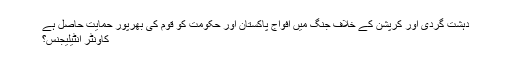
دہشت گردی اور کرپشن کے خلاف جنگ میں افواج پاکستان اور حکومت کو قوم کی بھرپور حمایت حاصل ہے
کاوُنٹر انٹیلیجنس؟